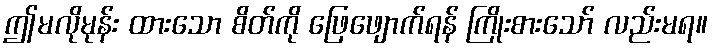
ဤမလိုမုန်း ထားသော စိတ်ကို ဖြေဖျောက်ရန် ကြိုးစားသော် လည်းမရ။